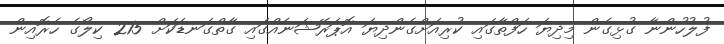
ފުލުހުންނާ ގުޅިގެން މިދިޔަ ހަފްތާގައި ކުރިއަށްގެންދިޔަ އޮޕަރޭޝަނެއްގައި ގާތްގަނޑަކަށް 215 ކިލޯގެ ހެރޮއިން